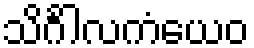
သိင်္ဂါလကံယေဝ